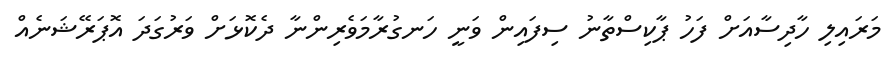
މަރައިލި ހާދިސާއަށް ފަހު ޕާކިސްތާނު ސިފައިން ވަނީ ހަނގުރާމަވެރިންނާ ދެކޮޅަށް ވަރުގަދަ އޮޕަރޭޝަނެއް